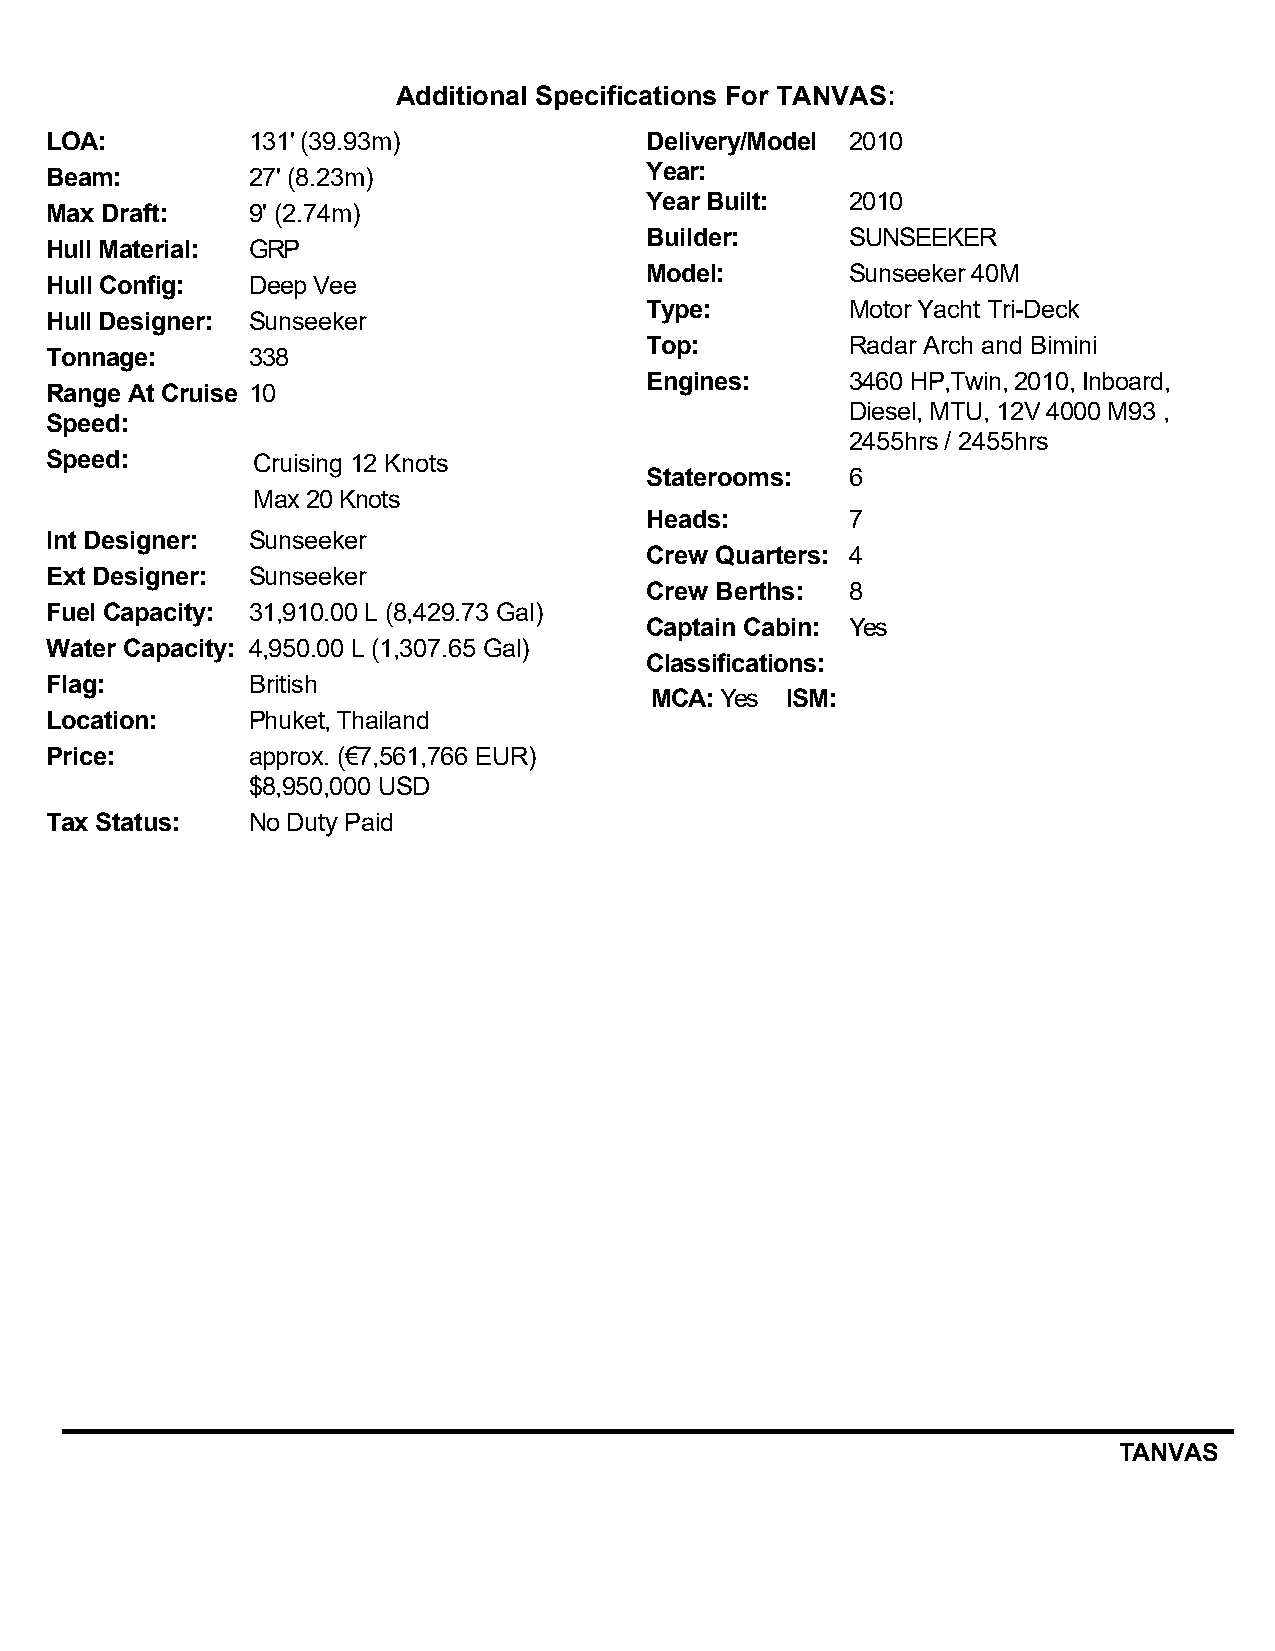
Additional Specifications For TANVAS:
 LOA:         131' (39.93m)              Delivery/Model 2010
 Beam:        27' (8.23m)                Year:
 Year Built:  2010
 Max Draft:   9' (2.74m)
 Builder:     SUNSEEKER
 Hull Material: GRP
 Model:       Sunseeker 40M
 Hull Config: Deep Vee
 Type:        Motor Yacht Tri-Deck
 Hull Designer: Sunseeker
 Top:         Radar Arch and Bimini
 Tonnage:     338
 Engines:     3460 HP,Twin, 2010, Inboard,
 Range At Cruise 10
 Diesel, MTU, 12V 4000 M93 ,
 Speed:
 2455hrs / 2455hrs
 Speed:        Cruising 12 Knots
 Staterooms:  6
 Max 20 Knots
 Heads:       7
 Int Designer: Sunseeker
 Crew Quarters: 4
 Ext Designer: Sunseeker
 Crew Berths: 8
 Fuel Capacity: 31,910.00 L (8,429.73 Gal)
 Captain Cabin: Yes
 Water Capacity: 4,950.00 L (1,307.65 Gal)
 Classifications:
 Flag:        British
 MCA:Yes  ISM:
 Location:    Phuket, Thailand
 Price:       approx. (€7,561,766 EUR)
 $8,950,000 USD
 Tax Status:  No Duty Paid
 TANVAS